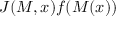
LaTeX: J ( M , x ) f ( M ( x ) )